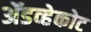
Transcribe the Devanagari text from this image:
ॲडव्हेकोट